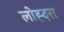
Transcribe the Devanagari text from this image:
लोह्दरा